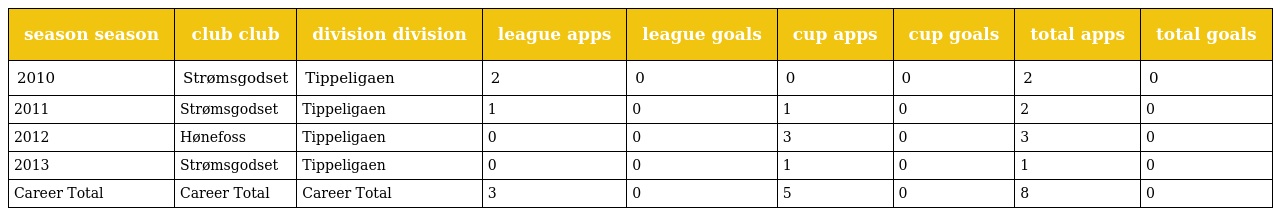
| season season | club club | division division | league apps | league goals | cup apps | cup goals | total apps | total goals |
 | --- | --- | --- | --- | --- | --- | --- | --- | --- |
 | 2010 | Strømsgodset | Tippeligaen | 2 | 0 | 0 | 0 | 2 | 0 |
 | 2011 | Strømsgodset | Tippeligaen | 1 | 0 | 1 | 0 | 2 | 0 |
 | 2012 | Hønefoss | Tippeligaen | 0 | 0 | 3 | 0 | 3 | 0 |
 | 2013 | Strømsgodset | Tippeligaen | 0 | 0 | 1 | 0 | 1 | 0 |
 | Career Total | Career Total | Career Total | 3 | 0 | 5 | 0 | 8 | 0 |